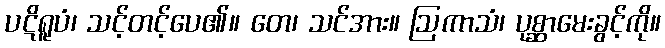
ပဋိရူပံ၊ သင့်တင့်ပေ၏။ တေ၊ သင်အား။ ဩကာသံ၊ ပုစ္ဆာမေးခွင့်ကို။